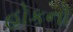
હોકનો